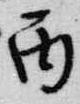
丙